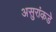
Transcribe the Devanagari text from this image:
असुरांकडे